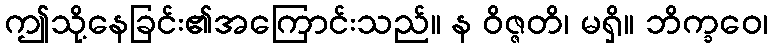
ဤသို့နေခြင်း၏အကြောင်းသည်။ န ဝိဇ္ဇတိ၊ မရှိ။ ဘိက္ခဝေ၊